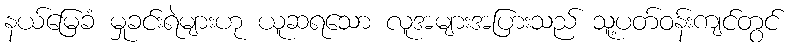
နယ်မြေခံ မှုခင်းရဲများဟု ယူဆရသော လူအများအပြားသည် သူ့ပတ်ဝန်းကျင်တွင်